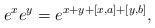
LaTeX: \begin{align*}e^{x}e^y=e^{x+y+[x,a]+[y,b]},\end{align*}